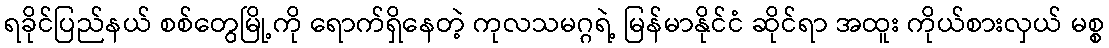
ရခိုင်ပြည်နယ် စစ်တွေမြို့ကို ရောက်ရှိနေတဲ့ ကုလသမဂ္ဂရဲ့ မြန်မာနိုင်ငံ ဆိုင်ရာ အထူး ကိုယ်စားလှယ် မစ္စ